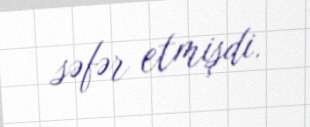
səfər etmişdi.